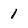
Character: 1